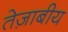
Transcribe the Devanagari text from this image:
तेज़ाबीय